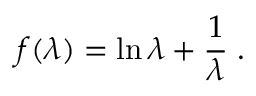
f ( \lambda ) = \ln \lambda + \frac 1 \lambda \; .